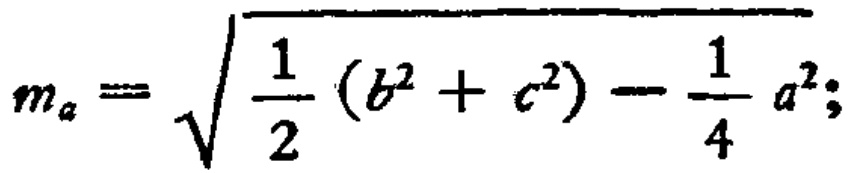
\[m_{a}=\sqrt{\frac{1}{2}(b^{2}+c^{2})-\frac{1}{4}a^{2}};\]